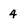
Character: 4